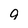
Character: 9